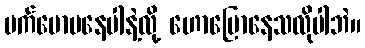
မက်မောမနေပါနဲ့လို့ ဟောပြောနေသလိုပါဘဲ။